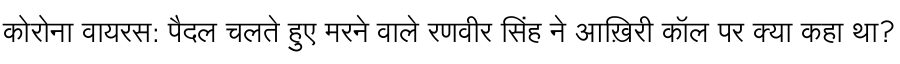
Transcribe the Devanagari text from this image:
कोरोना वायरस: पैदल चलते हुए मरने वाले रणवीर सिंह ने आख़िरी कॉल पर क्या कहा था?